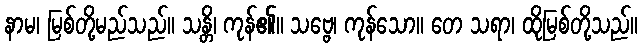
နာမ၊ မြစ်တို့မည်သည်။ သန္တိ၊ ကုန်၏။ သဗ္ဗေ၊ ကုန်သော။ တေ သရာ၊ ထိုမြစ်တို့သည်။